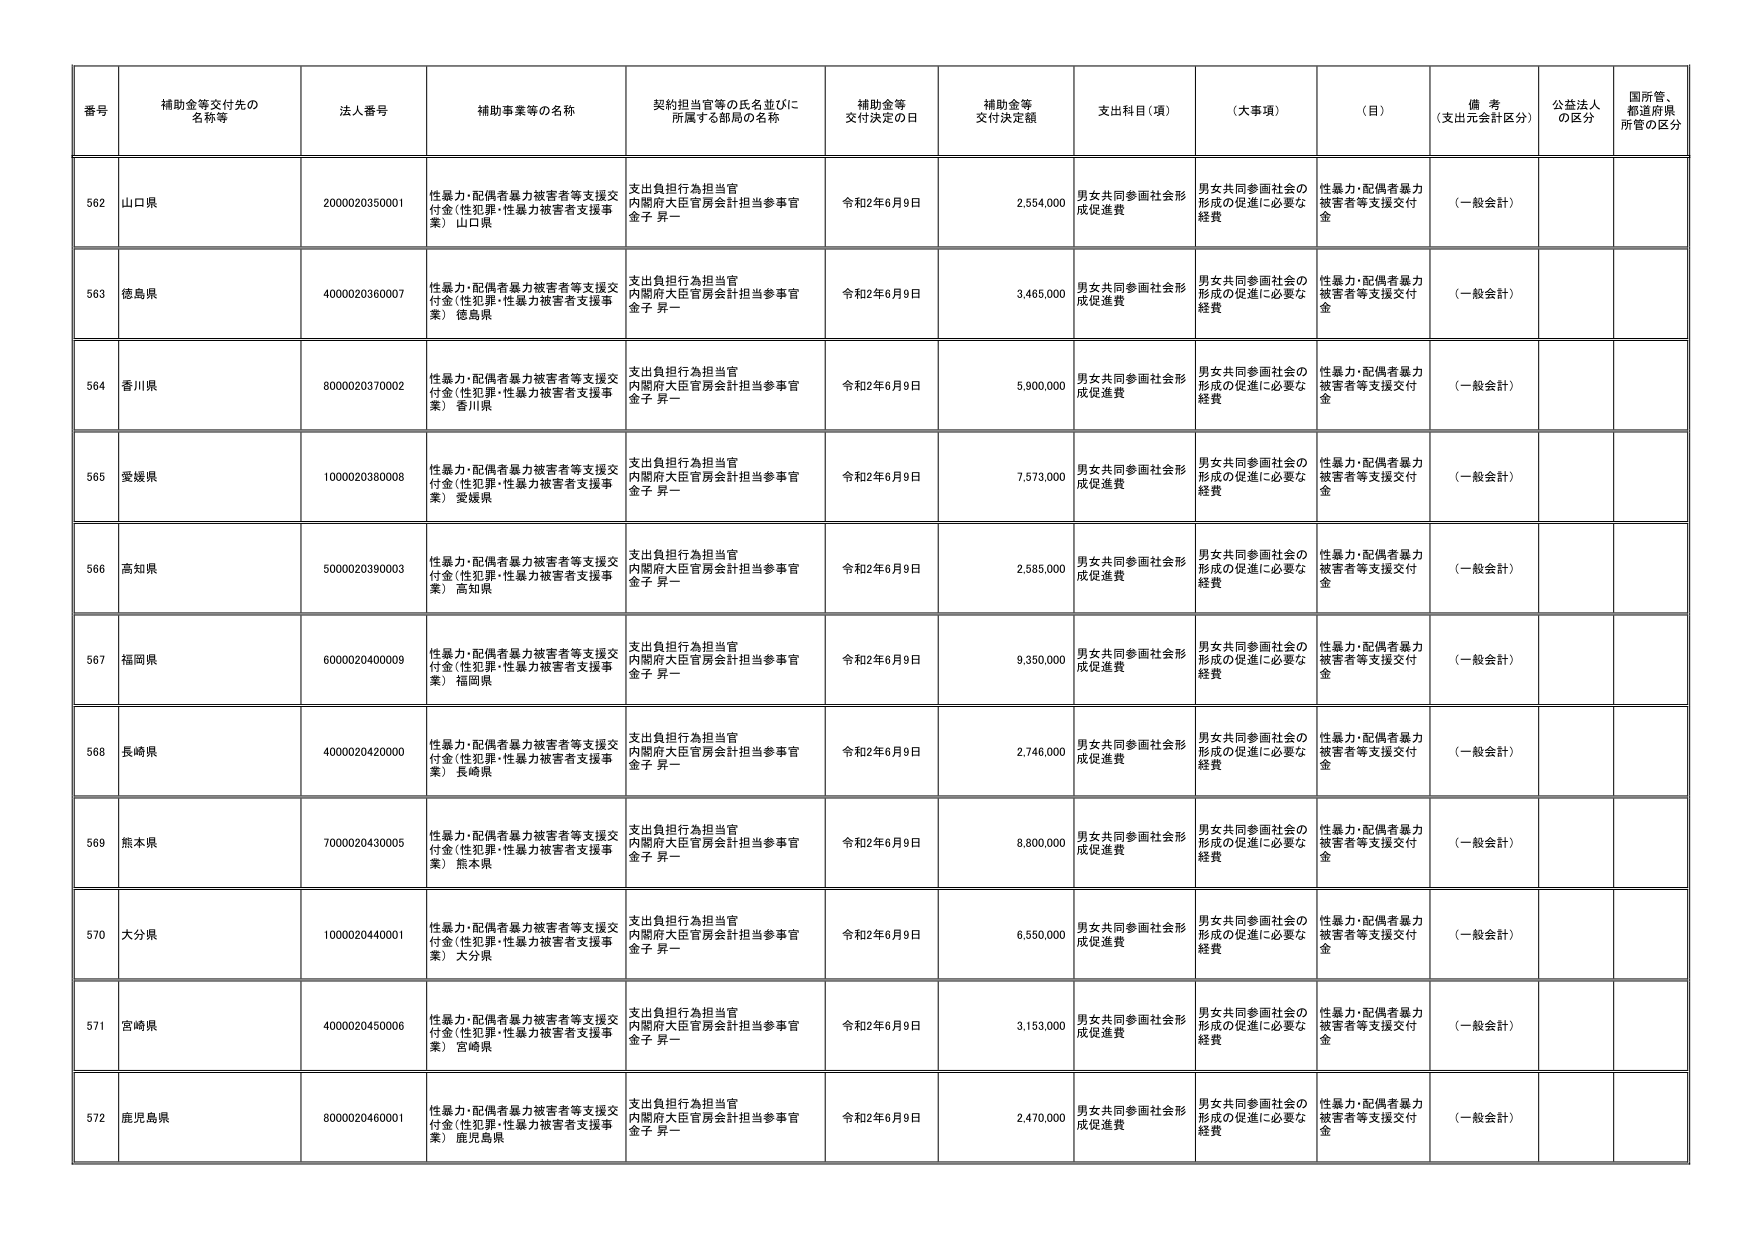
番号 補助金等交付先の名称等 法人番号 補助事業等の名称 契約担当官等の氏名並びに所属する部局の名称 補助金等交付決定の日 補助金等交付決定額 支出科目（項） （大事項） （目） 備考（支出元会計区分） 公益法人の区分 国所管、都道府県所管の区分
562 山口県 2000020350001 性暴力・配偶者暴力被害者等支援交付金（性犯罪・性暴力被害者支援事業） 山口県 支出負担行為担当官 内閣府大臣官房会計担当参事官 金子 昇一 令和2年6月9日 2,554,000 男女共同参画社会形成促進費 男女共同参画社会の形成の促進に必要な経費 性暴力・配偶者暴力被害者等支援交付金 （一般会計）
563 徳島県 4000020360007 性暴力・配偶者暴力被害者等支援交付金（性犯罪・性暴力被害者支援事業） 徳島県 支出負担行為担当官 内閣府大臣官房会計担当参事官 金子 昇一 令和2年6月9日 3,465,000 男女共同参画社会形成促進費 男女共同参画社会の形成の促進に必要な経費 性暴力・配偶者暴力被害者等支援交付金 （一般会計）
564 香川県 8000020370002 性暴力・配偶者暴力被害者等支援交付金（性犯罪・性暴力被害者支援事業） 香川県 支出負担行為担当官 内閣府大臣官房会計担当参事官 金子 昇一 令和2年6月9日 5,900,000 男女共同参画社会形成促進費 男女共同参画社会の形成の促進に必要な経費 性暴力・配偶者暴力被害者等支援交付金 （一般会計）
565 愛媛県 1000020380008 性暴力・配偶者暴力被害者等支援交付金（性犯罪・性暴力被害者支援事業） 愛媛県 支出負担行為担当官 内閣府大臣官房会計担当参事官 金子 昇一 令和2年6月9日 7,573,000 男女共同参画社会形成促進費 男女共同参画社会の形成の促進に必要な経費 性暴力・配偶者暴力被害者等支援交付金 （一般会計）
566 高知県 5000020390003 性暴力・配偶者暴力被害者等支援交付金（性犯罪・性暴力被害者支援事業） 高知県 支出負担行為担当官 内閣府大臣官房会計担当参事官 金子 昇一 令和2年6月9日 2,585,000 男女共同参画社会形成促進費 男女共同参画社会の形成の促進に必要な経費 性暴力・配偶者暴力被害者等支援交付金 （一般会計）
567 福岡県 6000020400009 性暴力・配偶者暴力被害者等支援交付金（性犯罪・性暴力被害者支援事業） 福岡県 支出負担行為担当官 内閣府大臣官房会計担当参事官 金子 昇一 令和2年6月9日 9,350,000 男女共同参画社会形成促進費 男女共同参画社会の形成の促進に必要な経費 性暴力・配偶者暴力被害者等支援交付金 （一般会計）
568 長崎県 4000020420000 性暴力・配偶者暴力被害者等支援交付金（性犯罪・性暴力被害者支援事業） 長崎県 支出負担行為担当官 内閣府大臣官房会計担当参事官 金子 昇一 令和2年6月9日 2,746,000 男女共同参画社会形成促進費 男女共同参画社会の形成の促進に必要な経費 性暴力・配偶者暴力被害者等支援交付金 （一般会計）
569 熊本県 7000020430005 性暴力・配偶者暴力被害者等支援交付金（性犯罪・性暴力被害者支援事業） 熊本県 支出負担行為担当官 内閣府大臣官房会計担当参事官 金子 昇一 令和2年6月9日 8,800,000 男女共同参画社会形成促進費 男女共同参画社会の形成の促進に必要な経費 性暴力・配偶者暴力被害者等支援交付金 （一般会計）
570 大分県 1000020440001 性暴力・配偶者暴力被害者等支援交付金（性犯罪・性暴力被害者支援事業） 大分県 支出負担行為担当官 内閣府大臣官房会計担当参事官 金子 昇一 令和2年6月9日 6,550,000 男女共同参画社会形成促進費 男女共同参画社会の形成の促進に必要な経費 性暴力・配偶者暴力被害者等支援交付金 （一般会計）
571 宮崎県 4000020450006 性暴力・配偶者暴力被害者等支援交付金（性犯罪・性暴力被害者支援事業） 宮崎県 支出負担行為担当官 内閣府大臣官房会計担当参事官 金子 昇一 令和2年6月9日 3,153,000 男女共同参画社会形成促進費 男女共同参画社会の形成の促進に必要な経費 性暴力・配偶者暴力被害者等支援交付金 （一般会計）
572 鹿児島県 8000020460001 性暴力・配偶者暴力被害者等支援交付金（性犯罪・性暴力被害者支援事業） 鹿児島県 支出負担行為担当官 内閣府大臣官房会計担当参事官 金子 昇一 令和2年6月9日 2,470,000 男女共同参画社会形成促進費 男女共同参画社会の形成の促進に必要な経費 性暴力・配偶者暴力被害者等支援交付金 （一般会計）